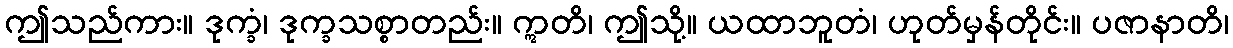
ဤသည်ကား။ ဒုက္ခံ၊ ဒုက္ခသစ္စာတည်း။ ဣတိ၊ ဤသို့။ ယထာဘူတံ၊ ဟုတ်မှန်တိုင်း။ ပဇာနာတိ၊